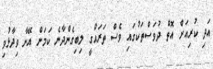
އަދި ކުރިއަށް އޮތް ދުވަސްތަކުގައި ވެސް ތަރައްގީ ލިބިގެންދާނެ ކަމަށް އޭނާ ވިދާޅުވި